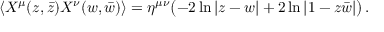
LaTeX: \langle X ^ { \mu } ( z , \bar { z } ) X ^ { \nu } ( w , \bar { w } ) \rangle = \eta ^ { \mu \nu } \bigl ( - 2 \ln | z - w | + 2 \ln | 1 - z \bar { w } | \bigr ) \, .